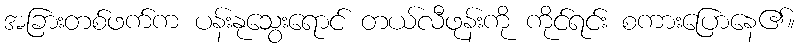
အခြားတစ်ဖက်က ပန်းနုသွေးရောင် တယ်လီဖုန်းကို ကိုင်ရင်း စကားပြောနေ၏။